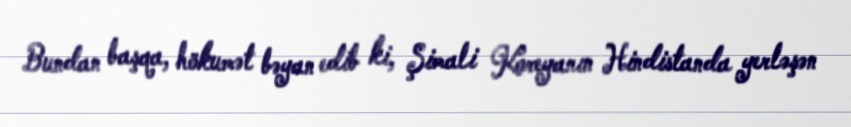
Bundan başqa, hökumət bəyan edib ki, Şimali Koreyanın Hindistanda yerləşən